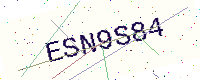
Text: ESN9S84